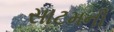
સાટમની